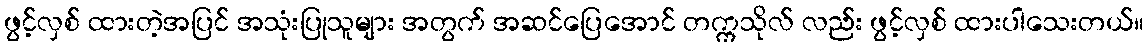
ဖွင့်လှစ် ထားတဲ့အပြင် အသုံးပြုသူများ အတွက် အဆင်ပြေအောင် တက္ကသိုလ် လည်း ဖွင့်လှစ် ထားပါသေးတယ်။